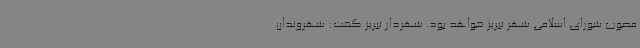
مصوب شورای اسلامی شهر تبریز خواهد بود. شهردار تبریز گفت: شهروندان